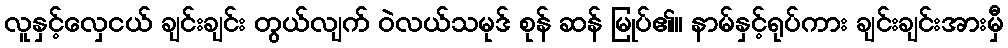
လူနှင့်လှေငယ် ချင်းချင်း တွယ်လျက် ဝဲလယ်သမုဒ် စုန် ဆန် မြုပ်၏။ နာမ်နှင့်ရုပ်ကား ချင်းချင်းအားမှီ